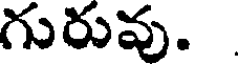
గురువు.